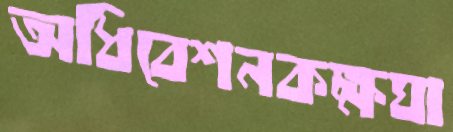
অধিবেশনকক্ষঘা